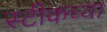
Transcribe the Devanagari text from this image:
स्टीकच्या